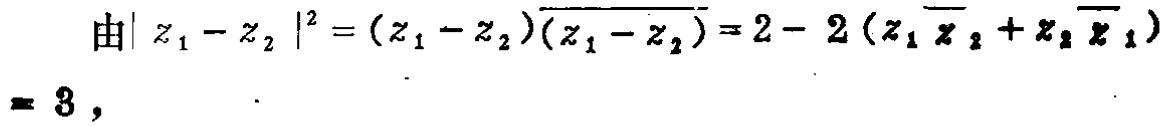
由\(\vert z_{1}-z_{2}\vert^{2}=(z_{1}-z_{2})\overline{(z_{1}-z_{2})}=2 - 2(z_{1}\overline{z}_{2}+z_{2}\overline{z}_{1}) = 3\)，